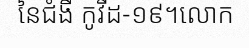
នៃជំងឺ កូវីដ-១៩។លោក